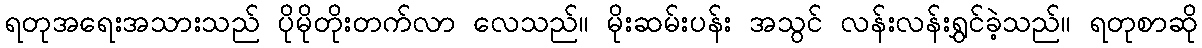
ရတုအရေးအသားသည် ပိုမိုတိုးတက်လာ လေသည်။ မိုးဆမ်းပန်း အသွင် လန်းလန်းရွှင်ခဲ့သည်။ ရတုစာဆို